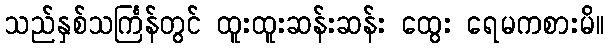
သည်နှစ်သင်္ကြန်တွင် ထူးထူးဆန်းဆန်း ထွေး ရေမကစားမိ။